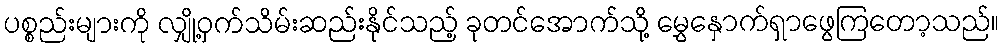
ပစ္စည်းများကို လျှို့ဝှက်သိမ်းဆည်းနိုင်သည့် ခုတင်အောက်သို့ မွှေနှောက်ရှာဖွေကြတော့သည်။